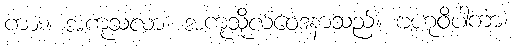
ကား။ အကုသလာ၊ အကုသိုလ်ဝေဒနာသည်။ ဗဟုဝိပါကာ၊